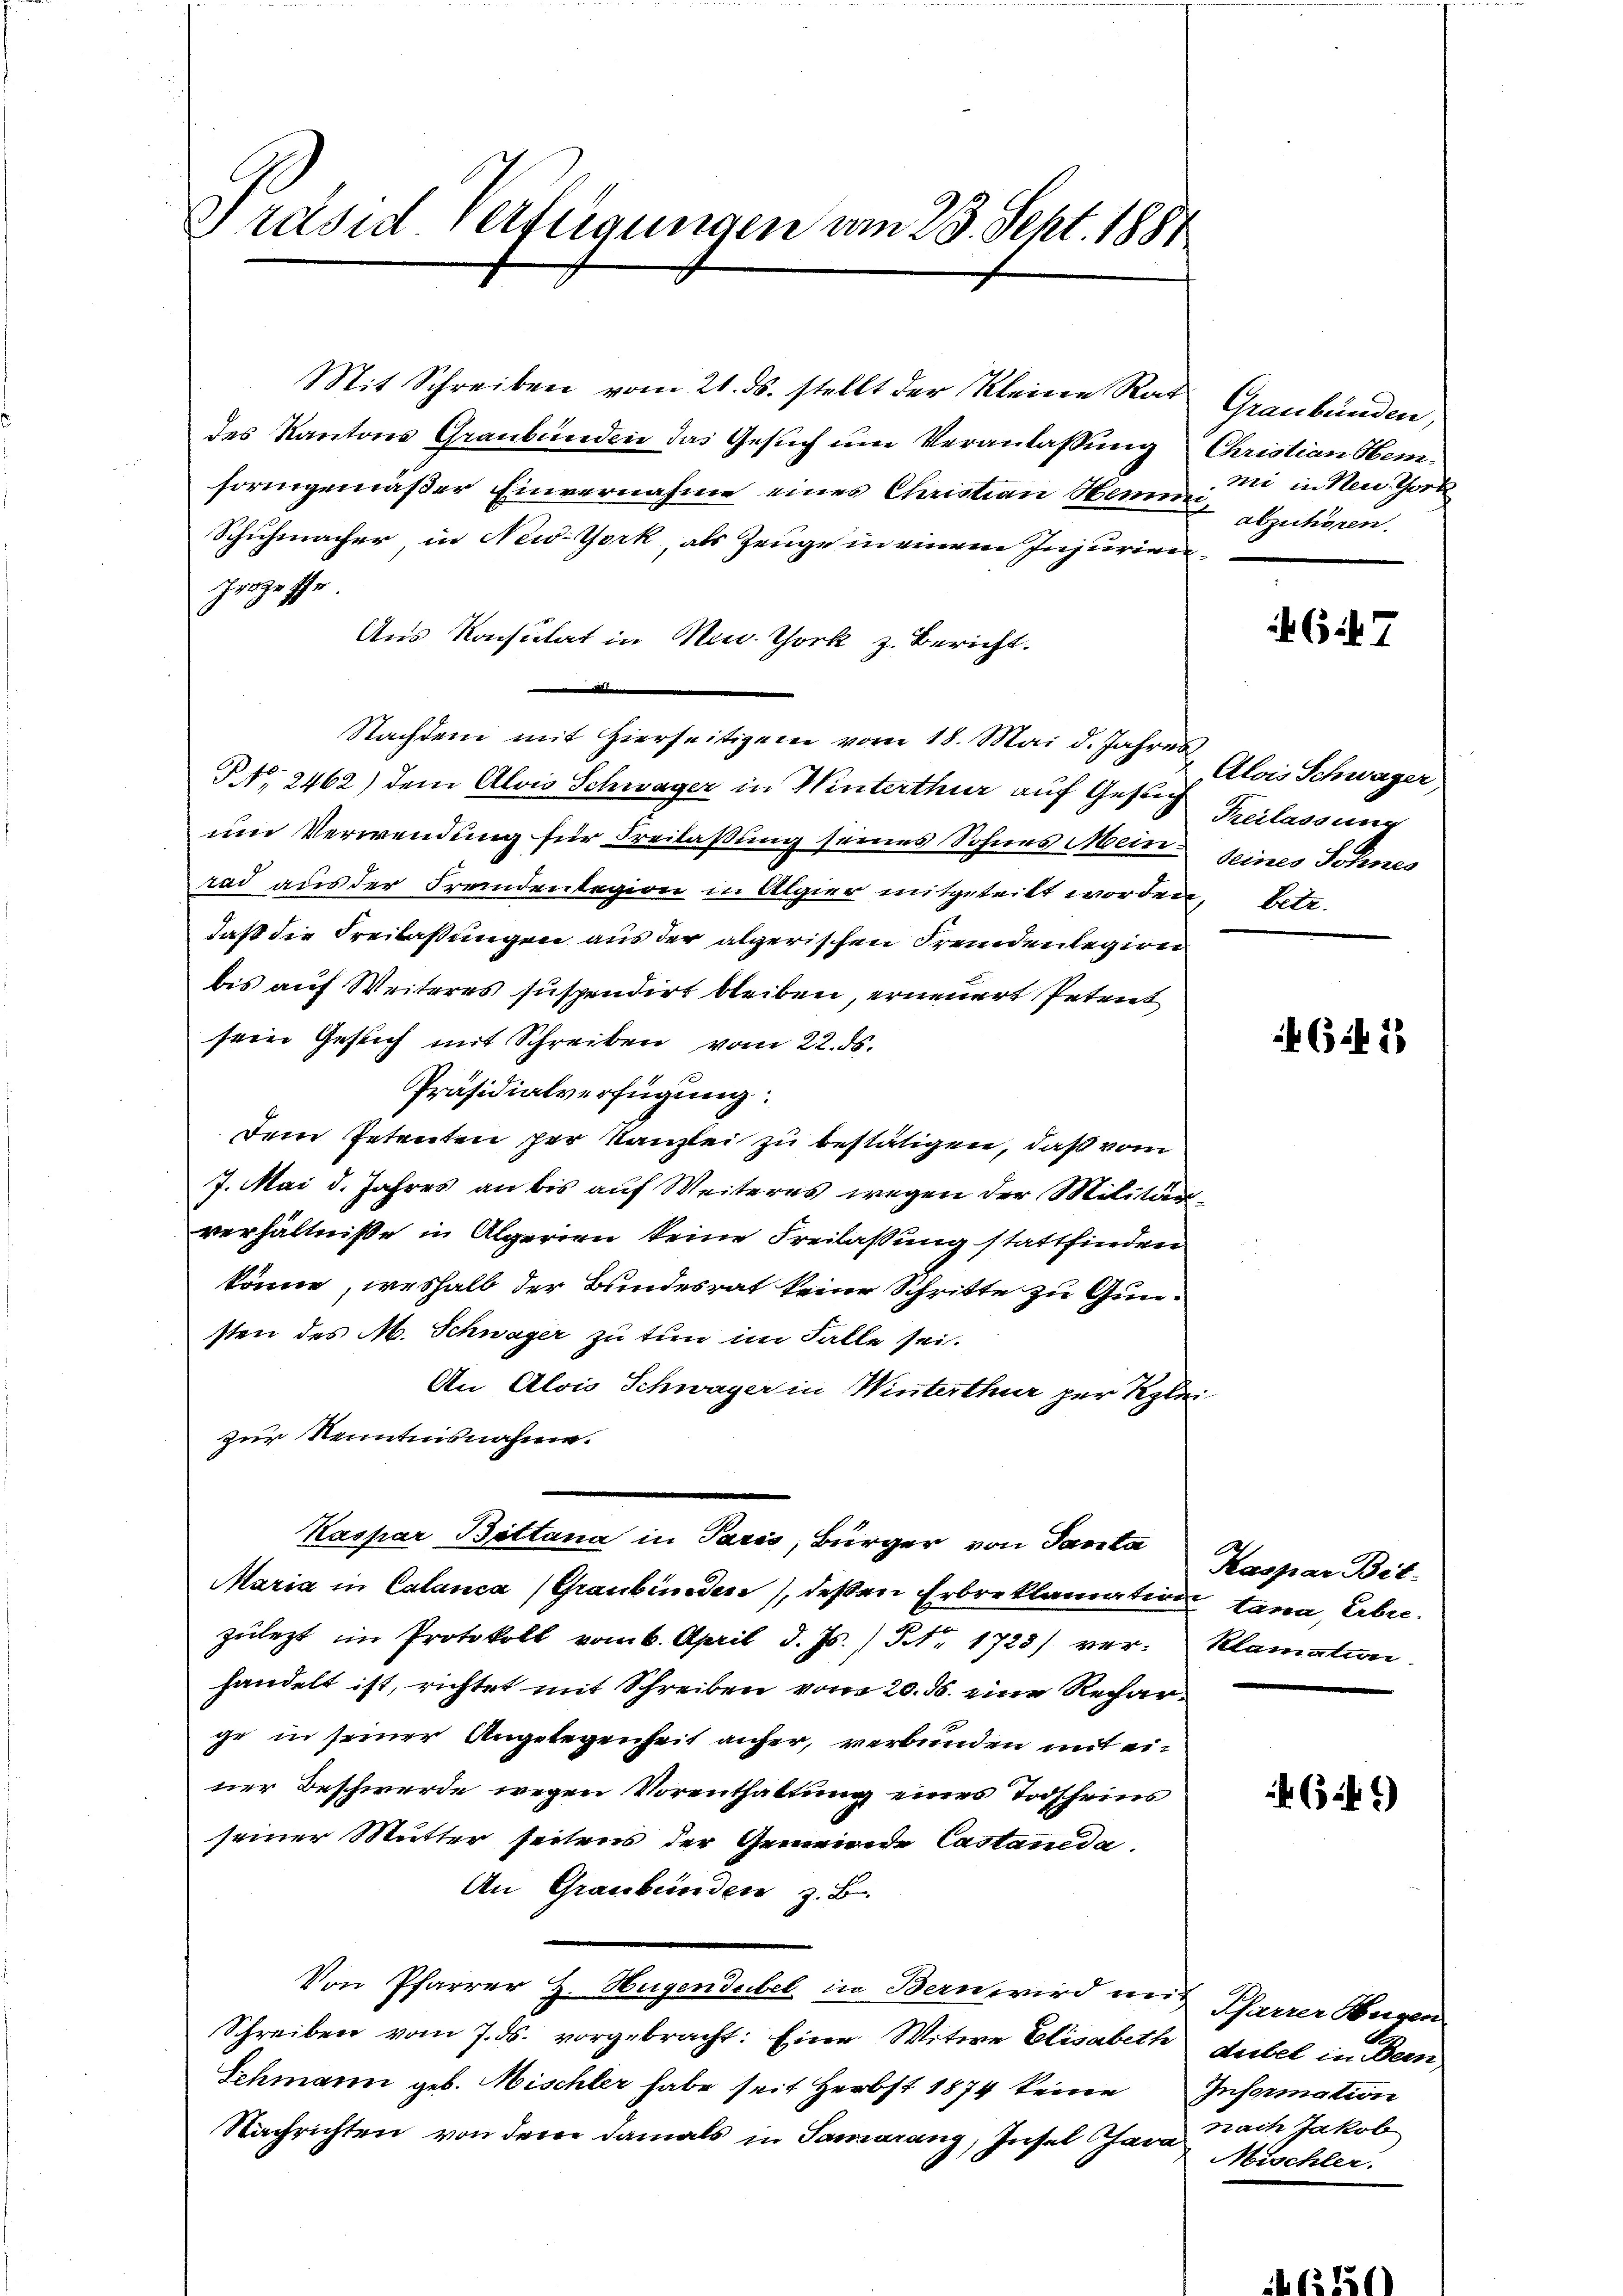
Präsid. Verfügungen vom 23. Sept. 1884

Mit Schreiben vom 21. ds. stellt der Kleine Rat Graubünden,
des Kantons Graubünden das Gesuch um Veranlassung Christian Hemformgemäßer Einvernahme eines Christian Heme in Neu. Thork
Schuhmacher in New-York, als Zeuge in einem Injurien¬
Proze Pfe
Aus Konsulat in New-York z. Bericht.
t
Nachdem mit hierseitigen vom 18. Mai d. Jahres
PNo. 2462) dem Alois Schwager in Winterthur auf Gesuch
um Verwendung für Freilassung seines Sohnes Mein seines Sohnes
rad aus der Frandenlegion in Algier mitgeteilt worden, betr.
daß die Freilassungen aus der algerischen Fremdenlegion
bis auf Weiteres suspendirt bleiben, erneuert Petent
sein Gesuch mit Schreiben vom 22. ds.
Präsidialverfügung.
Dem Petenten per Kanzlei zu bestätigen, daß vom
7. Mai d. Jahres an bis auf Weiteres wegen der Militärverhältniße in Algerien keine Freilassung stattfinden
könne, weshalb der Bundesrat keine Schritte zu Gunsten des M. Schwager zu tun im Falle sei.
An Alois Schwager in Winterthur zur Kleizur Kenntnisnahme.
Kaspar Böttana in Paris, Bürger von Sanita
Maria in Calanca (Graubünden), deßen Erbreklamation tana, Erbrezŭlezt im Protokoll vom 6. April d. Js. Nr. 1723) ver- Klamation
handelt ist, richtet mit Schreiben vom 20. d. eine Recharir in seiner Angelegenheit anfer, verkunden mit einer Beschwerde wegen Vorenthaltung eines Todscheins
seiner Mutter seitens der Gemeinde Castanida.
An Graubünden z. B.
Von Pfarrer H. Hugendubel in Bern wird mit Pfarrer Augen
Schreiben vom 7. ds. vorgebracht: Eine Witwe Elisabeth Gubel in Bern,
Schmann geb. Mischler habe seit Herbst 1874 keine Information
Nachrichten von den damals in Samarang, Insel an Nach Jakob

abzulieren.

647

Alois Schwager
Freilassung

G.41)

Kaspar Bil-

341)

Mischler.